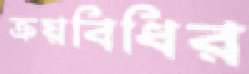
ক্রয়বিধির